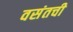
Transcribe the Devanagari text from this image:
वसंतची